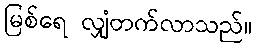
မြစ်ရေ လျှံတက်လာသည်။